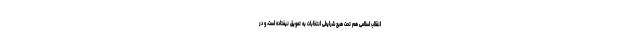
انقلاب اسلامی هم تحت هیچ شرایطی انتخابات به تعویق نیفتاده است، و در